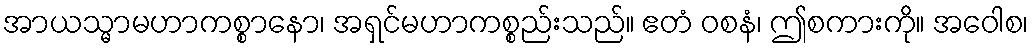
အာယသ္မာမဟာကစ္စာနော၊ အရှင်မဟာကစ္စည်းသည်။ ဧတံ ဝစနံ၊ ဤစကားကို။ အဝေါစ၊